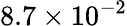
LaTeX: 8.7\times 10^{-2}